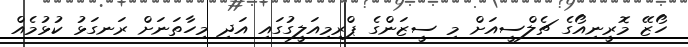
ހޯޒޭ މޮރީނިއޯގެ ޗެލްސީއަށް މި ސީޒަންގެ ޕްރިމިއަލީގުގައި އަދި މިހާތަނަށް ރަނގަޅު ކުޅުމެއް